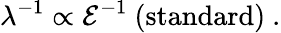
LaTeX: \lambda^{-1}\propto\mathcal{E}^{-1}\ \mathrm{{(standard)}}\ .